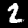
Label: 2